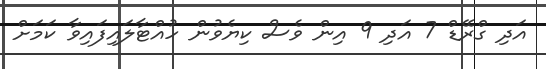
އަދި ގްރޭޑް 7 އަދި 9 އިން ވެސް ކިޔެވުން ހުއްޓާލައިފައިވާ ކަމަށް